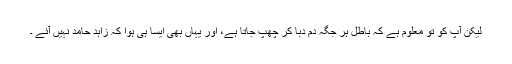
لیکن آپ کو تو معلوم ہے کہ باطل ہر جگہ دم دبا کر چھپ جاتا ہے، اور یہاں بھی ایسا ہی ہوا کہ زاہد حامد نہیں آئے ۔